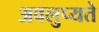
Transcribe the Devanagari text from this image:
अवलुप्यते